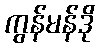
ကွန်မန်ဒို